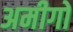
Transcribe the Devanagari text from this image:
अमीगो